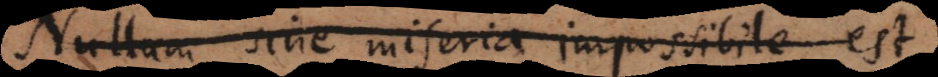
Nullum sine miseria impossibile est